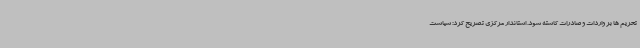
تحریم ها بر واردات و صادرات کاسته شود. استاندار مرکزی تصریح کرد: سیاست